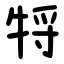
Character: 㸹